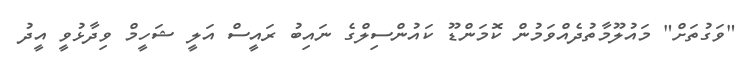
"ވަގުތަށް" މައުލޫމާތުދެއްވަމުން ކޮމަންޑޫ ކައުންސިލްގެ ނައިބު ރައީސް އަލީ ޝަހީމް ވިދާޅުވީ އީދު